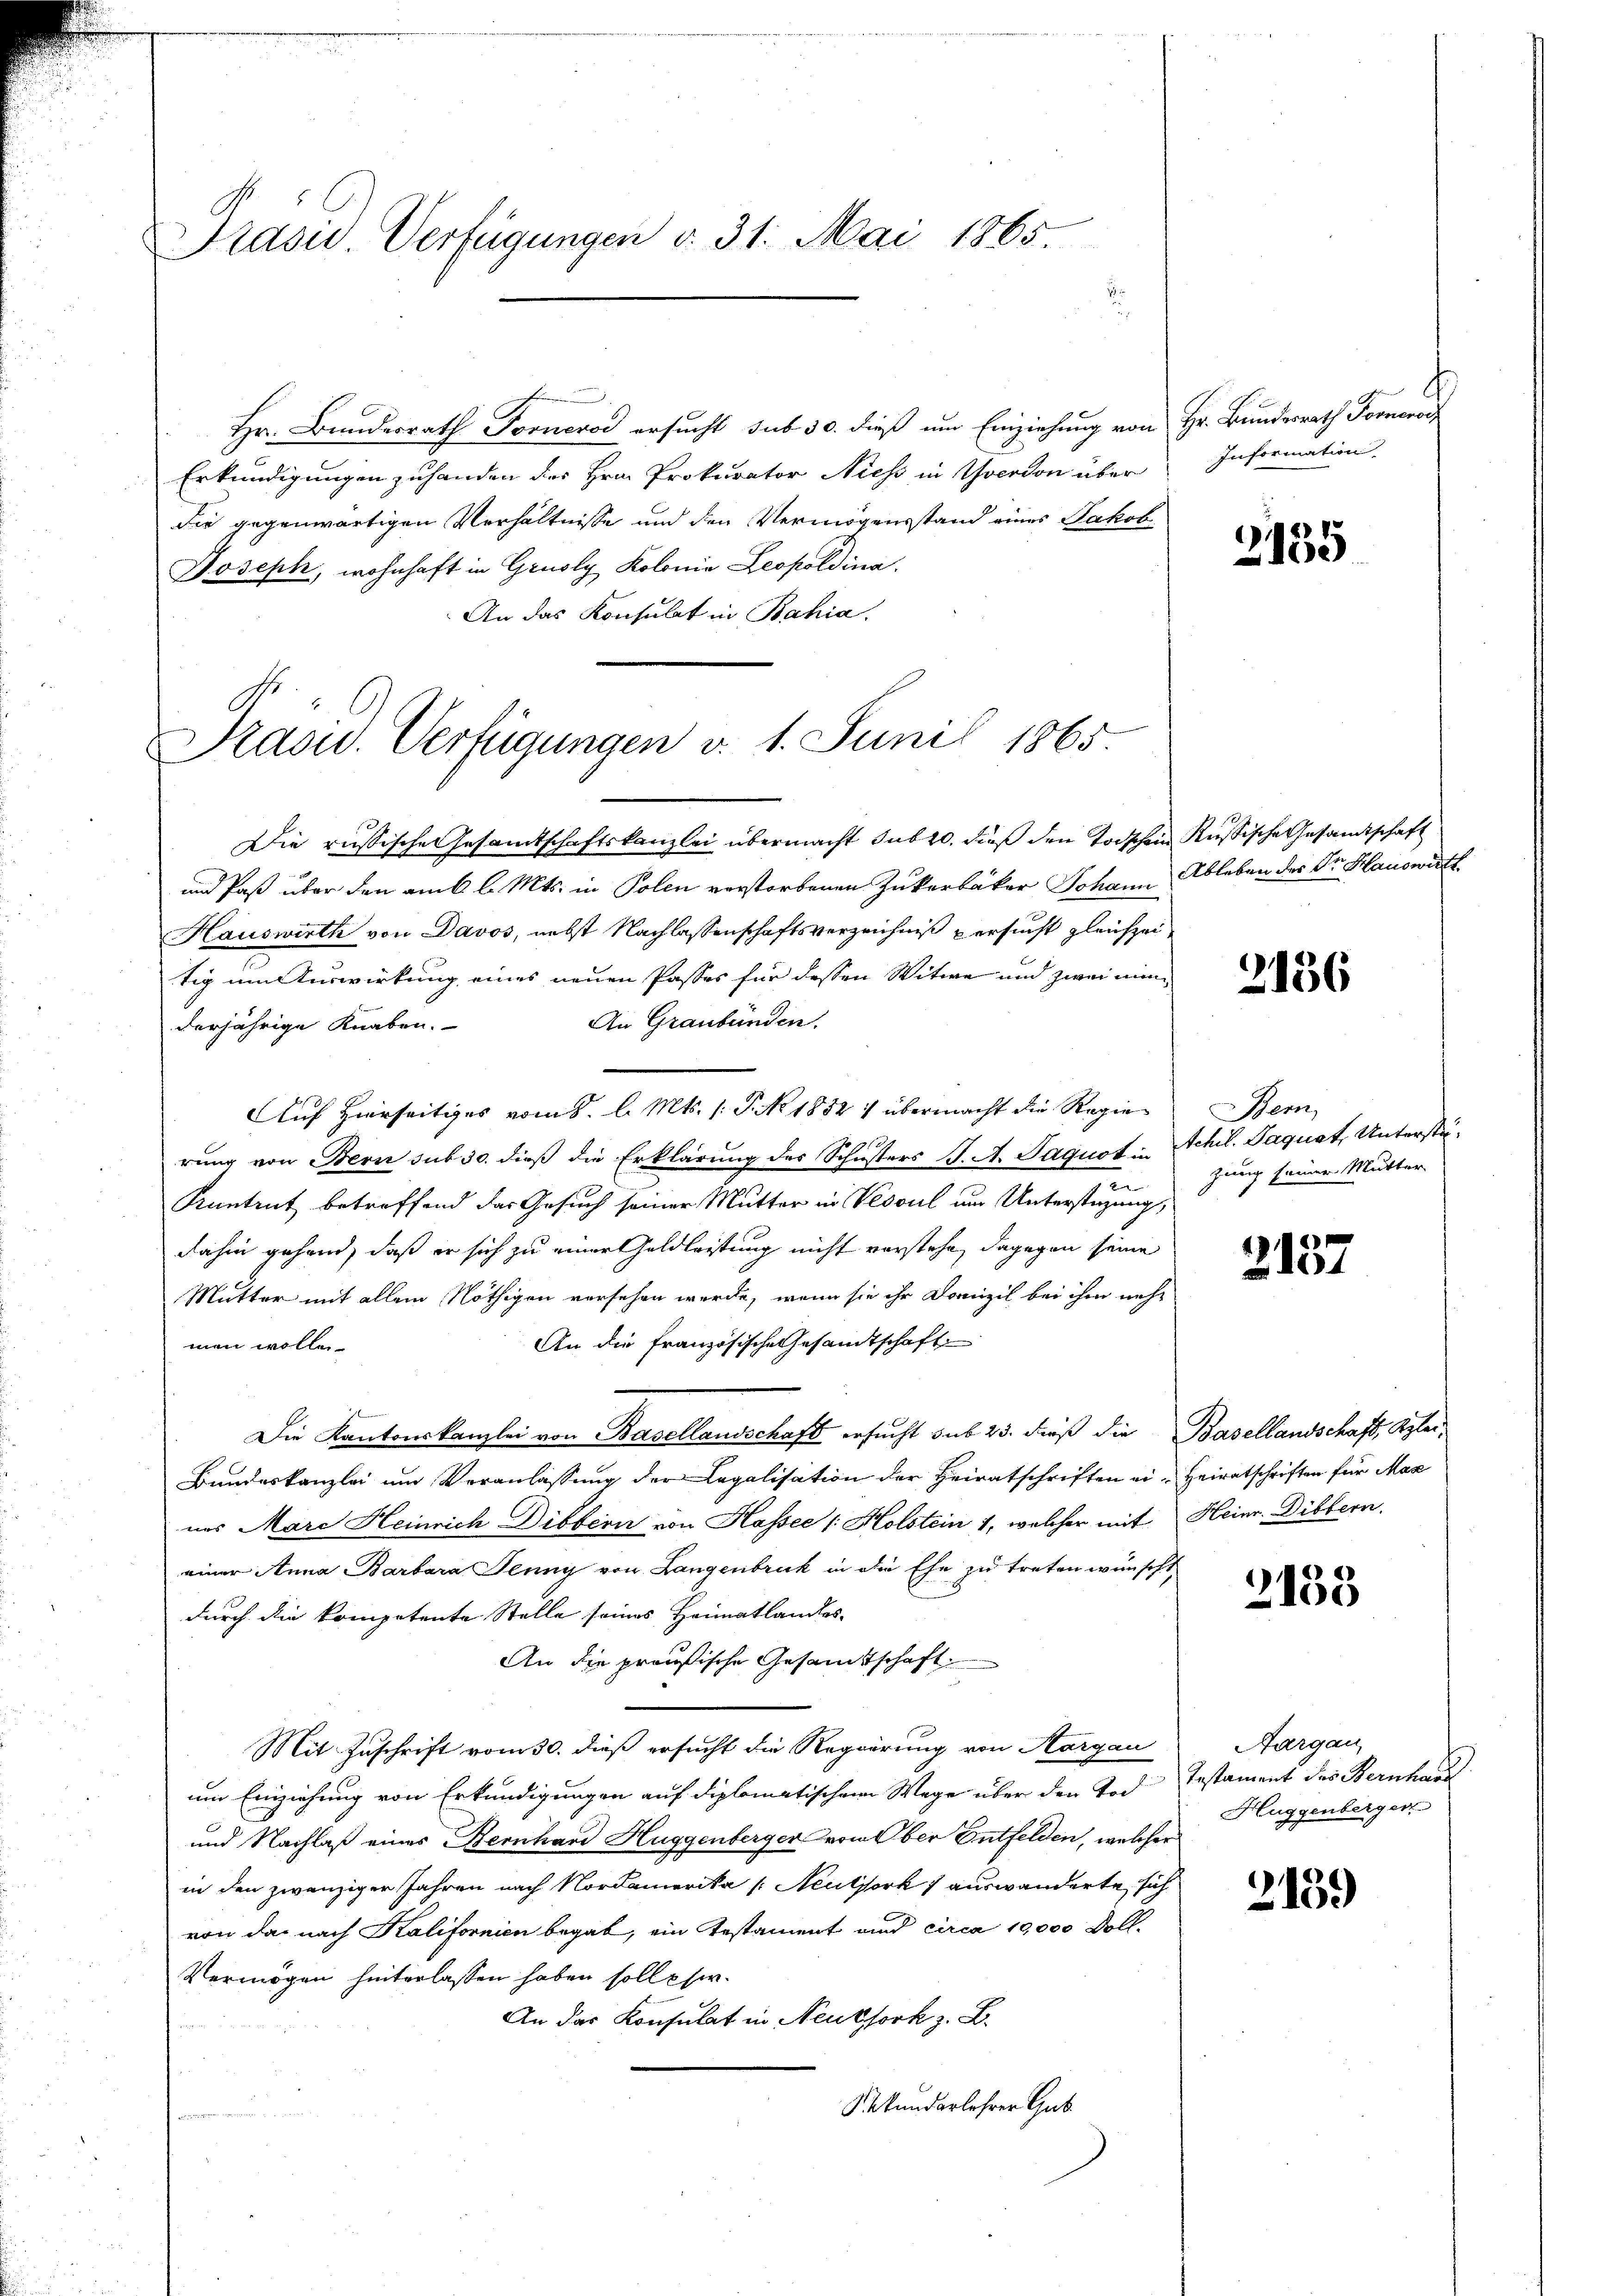
Prasis. Verfügungen v. 31. Mai 1865

n
Hr. Bundesrath Fornerod ersucht sub 30. dieß um Einziehung von Hr. Bundesrath Forneros
Erkundigungen zuhanden des Hrn. Prokurator Niess in Yverdon über
die gegenwärtigen Verhältnisse und den Vermögensstand eines Jakob
Joseph, wohnhaft in Grusly Kolonia Leopoldina
An das Konsulat in Bahia.

Pasid. Verfügungen v. 1. Juni 1865

Die russische Gesamtschaftskanzlei übermacht sub 20. dieß den Todschen Russische Gesandtschaft
und Paß über den am 6 l. Mts. in Polen verstorbenen Zukerbäker Johann Ableben der Dr. Hauswirth
Hauswirth von Davos, nebst Nachlassenschaftsverzeichniß versucht gleichzeitig um Auswirkung eines neuen Passes für dessen Witwe und zwei man
An Graubünden.
derjährige Knaben.
Auf Hierseitiges vom 8. l. Mts. (T. No. 1852 : übermacht die Regierung von Bern sub 30. dieß die Erklärung des Schusters J. A. Jaquot in Achil. Paquet, Unterstü¬
Kantrut betreffend das Gesuch seiner Mutter in Vesoul um Unterstüzung,
dahin gehend, daß er sich zu einer Geldleistung nicht vorstehe, dagegen seine
Mutter mit allem Nöthigen versehen werde, wenn sie ihr Domizil bei ihm mehr
An die französische Gesandtschaft
men wollen.
Die Kantonskanzlei von Basellandschaft ersucht sub 25. dieß die Basellandschaft, Klei¬
Bundeskanzlei um Veranlassung der Legalisation der Heiratschriften ei-Heiratschriften für Max
nes Mare Heinrich Disteri von Hassee / Holstein 1, welcher mit Heine Dibbern.
einer Anna Barbara Jenny von Langenbruck in die Ehe zu treten wünscht,
durch die kompetente Stelle seines Heimatlandes-
An die preußische Gesamtschaft
Mit Zuschrift vom 30. dieß ersucht die Regierung von Aargau
um Einziehung von Erkundigungen auf diplomatischen Wege über den Joch Testament des Bernhaus
und Nachlaß eines Bernhard Huggenberger vom Ober Entfelden, welcher
in den zwanziger Jahren nach Nordamerika /: Neuthork 1 auswanderte, sich
von das nach Kalifornien begab, ein Testament und circa 10,000 Doll.
Vermögen hinterlassen haben solle ser
An das Konsulat in Neuksork z. B.
Sekundarlehrer Gut

s
Information

2135

2136

Bem
zung seiner Mutter

2137

2138

Aargau
Huggenberger

2139)